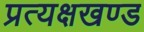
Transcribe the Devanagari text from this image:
प्रत्यक्षखण्ड